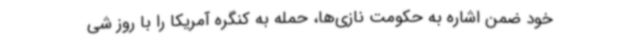
خود ضمن اشاره به حکومت نازی‌ها، حمله به کنگره آمریکا را با روز شی